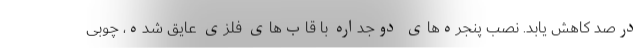
درصد کاهش یابد. نصب پنجره‌های دوجداره با قاب‌های فلزی عایق شده، چوبی